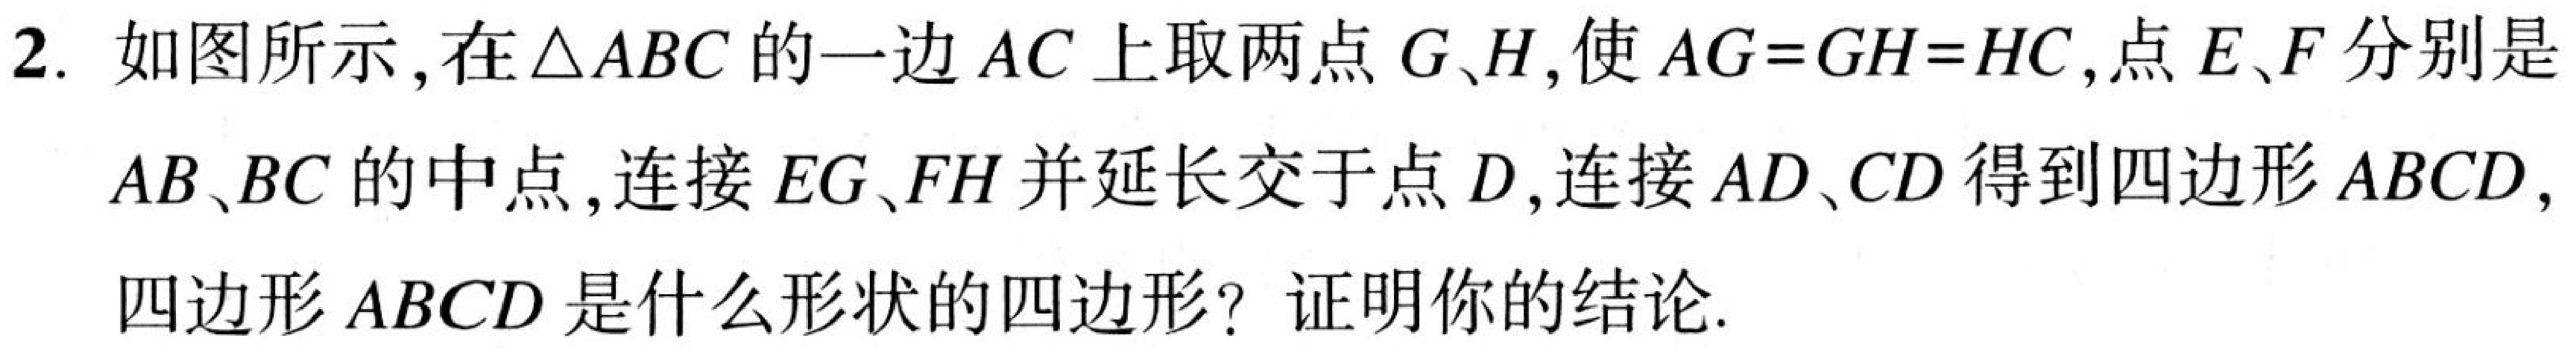
2. 如图所示，在\(\triangle ABC\)的一边\(AC\)上取两点\(G、H\)，使\(AG = GH = HC\)，点\(E、F\)分别是\(AB、BC\)的中点，连接\(EG、FH\)并延长交于点\(D\)，连接\(AD、CD\)得到四边形\(ABCD\)，四边形\(ABCD\)是什么形状的四边形？证明你的结论.